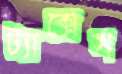
ট্যাক্সেস